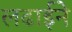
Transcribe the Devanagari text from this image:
लढाईने